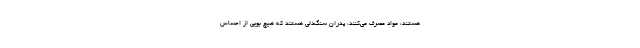
هستند، مواد مصرف می‌کنند، پدران سنگ‌دلی هستند که هیچ بویی از احساس